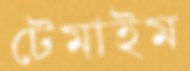
টেমাইম